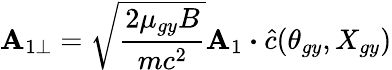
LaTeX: \textbf{A}_{1\perp}=\sqrt{\frac{2\mu_{gy}B}{mc^{2}}}\textbf{A}_{1}\boldsymbol{\cdot}\hat{c}(\theta_{gy},X_{gy})